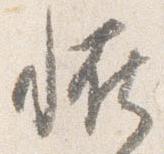
恠